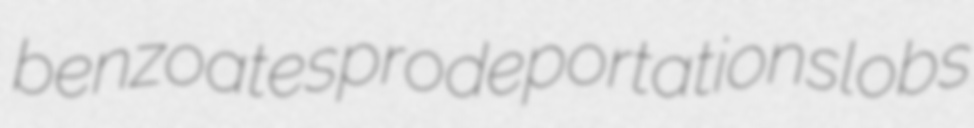
benzoates prodeportation slobs